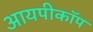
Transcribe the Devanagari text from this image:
आयपीकॉप